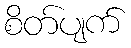
စိတ်ပျက်